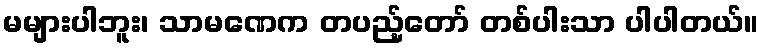
မများပါဘူး၊ သာမဏေက တပည့်တော် တစ်ပါးသာ ပါပါတယ်။